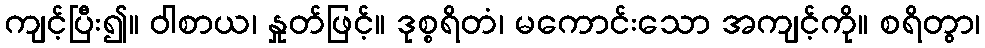
ကျင့်ပြီး၍။ ဝါစာယ၊ နှုတ်ဖြင့်။ ဒုစ္စရိတံ၊ မကောင်းသော အကျင့်ကို။ စရိတွာ၊